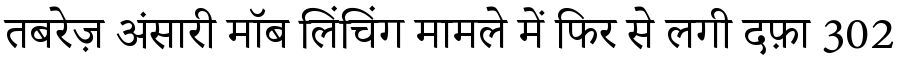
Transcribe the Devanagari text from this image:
तबरेज़ अंसारी मॉब लिंचिंग मामले में फिर से लगी दफ़ा 302